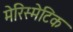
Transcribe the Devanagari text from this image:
मेरिस्मेटिक